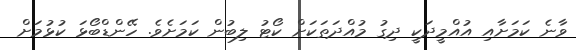
ވާނެ ކަމަށާއި އުއްމީދަކީ ދިގު މުއްދަތަކަށް ކޯޓު ލިބުން ކަމަށެވެ. ހޭންޑްބޯޅަ ކުޅުމަށް